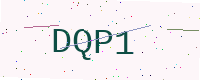
Text: DQP1